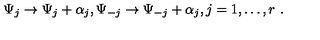
\Psi _ { j } \rightarrow \Psi _ { j } + \alpha _ { j } , \Psi _ { - j } \rightarrow \Psi _ { - j } + \alpha _ { j } , j = 1 , \ldots , r \ .